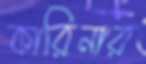
কারিনার